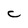
Character: C